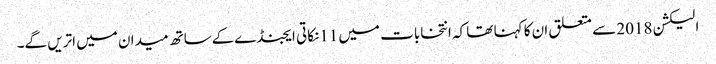
الیکشن 2018 سے متعلق ان کا کہنا تھا کہ انتخابات میں 11نکاتی ایجنڈےکےساتھ میدان میں اتریں گے۔